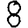
Digit: 8